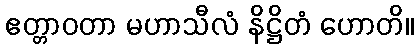
ဧတ္တာဝတာ မဟာသီလံ နိဋ္ဌိတံ ဟောတိ။